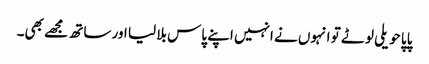
پاپا حویلی لوٹے تو انہوں نے انہیں اپنے پاس بلا لیا اور ساتھ مجھے بھی۔